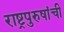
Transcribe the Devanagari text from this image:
राष्ट्रपुरुषांची